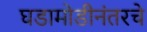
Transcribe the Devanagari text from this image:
घडामोडीनंतरचे